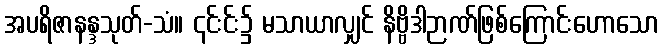
အပရိဇာနန္ဒသုတ်-သံ။ ၎င်းင်း၌ မသာယာလျှင် နိဗ္ဗိဒါဉာဏ်ဖြစ်ကြောင်းဟောသော